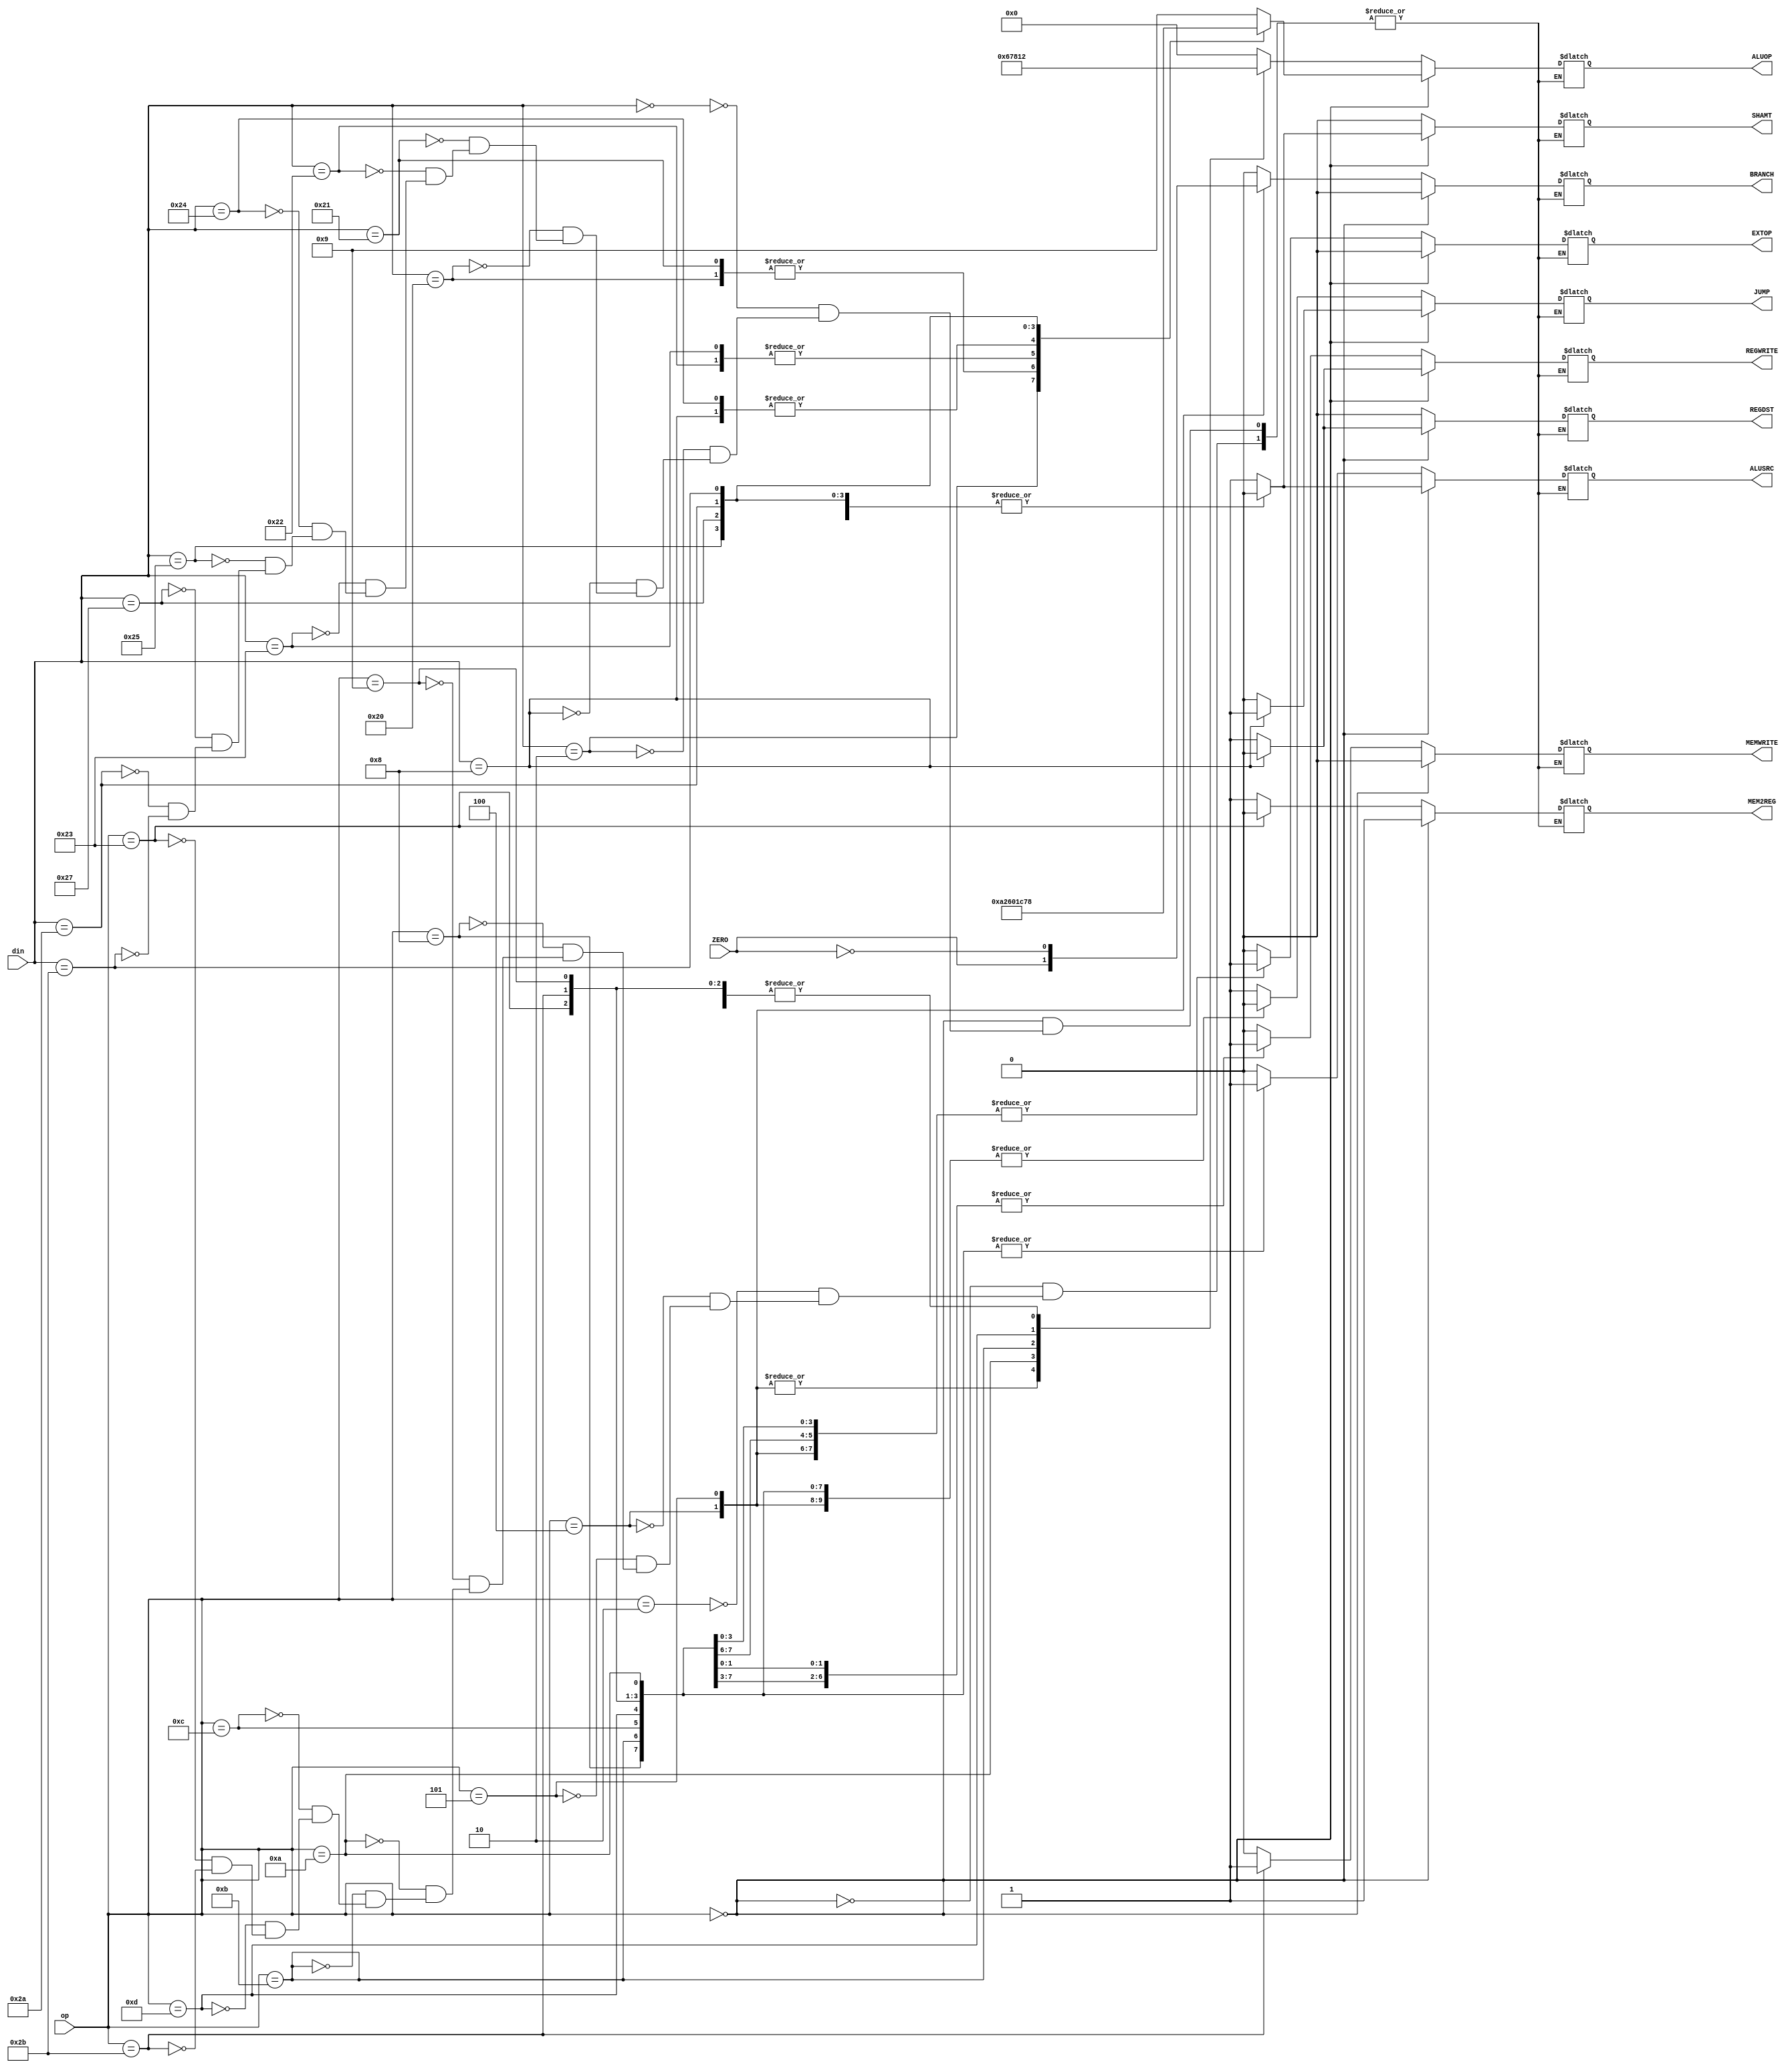
`timescale 1ns / 1ps

module MainControl(op, din, ZERO, REGDST, REGWRITE,
    EXTOP, ALUSRC, ALUOP, MEMWRITE, MEM2REG, SHAMT, JUMP, BRANCH
    );
    input [5:0] op;
    input [5:0] din;
    input ZERO;
    output reg REGDST;
    output reg REGWRITE;
    output reg EXTOP;
    output reg ALUSRC;
    output reg [3:0] ALUOP;
    output reg MEMWRITE;
    output reg MEM2REG;
    output reg SHAMT;
    output reg JUMP;
    output reg BRANCH;
    
    always @(*) begin
        // Rtype
        if (op == 0) begin
            case(din)
                6'h00 : begin // SLL
                    REGWRITE <= 1;
                    MEMWRITE <= 0;
                    MEM2REG <= 1;
                    REGDST <= 1;
                    ALUOP <= 4'b1001;
                    EXTOP <= 0;
                    ALUSRC <= 1;
                    SHAMT <= 1;
                    JUMP <= 0;
                    BRANCH <= 0;
                end
                6'h02 : begin // SRL
                    REGWRITE <= 1;
                    MEMWRITE <= 0;
                    MEM2REG <= 1;
                    REGDST <= 1;
                    ALUOP <= 4'b1010;
                    EXTOP <= 0;
                    ALUSRC <= 1;
                    SHAMT <= 1;
                    JUMP <= 0;
                    BRANCH <= 0;
                end
                6'h08 : begin // JR nu e gata
                    REGWRITE <= 0;
                    MEMWRITE <= 0;
                    MEM2REG <= 1;
                    REGDST <= 0;
                    ALUOP <= 4'b0000;
                    EXTOP <= 0;
                    ALUSRC <= 0;
                    SHAMT <= 0;
                    JUMP <= 1;
                    BRANCH <= 0;
                end
                6'h20 : begin // ADD
                    REGWRITE <= 1;
                    MEMWRITE <= 0;
                    MEM2REG <= 1;
                    REGDST <= 1;
                    ALUOP <= 4'b0010;
                    EXTOP <= 0;
                    ALUSRC <= 0;
                    SHAMT <= 0;
                    JUMP <= 0;
                    BRANCH <= 0;
                end
                6'h21 : begin // ADDU = ADD
                    REGWRITE <= 1;
                    MEMWRITE <= 0;
                    MEM2REG <= 1;
                    REGDST <= 1;
                    ALUOP <= 4'b0010;
                    EXTOP <= 0;
                    ALUSRC <= 0;
                    SHAMT <= 0;
                    JUMP <= 0;
                    BRANCH <= 0;
                end
                6'h22 : begin // SUB
                    REGWRITE <= 1;
                    MEMWRITE <= 0;
                    MEM2REG <= 1;
                    REGDST <= 1;
                    ALUOP <= 4'b0110;
                    EXTOP <= 0;
                    ALUSRC <= 0;
                    SHAMT <= 0;
                    JUMP <= 0;
                    BRANCH <= 0;
                end
                6'h23 : begin // SUBU = SUB
                    REGWRITE <= 1;
                    MEMWRITE <= 0;
                    MEM2REG <= 1;
                    REGDST <= 1;
                    ALUOP <= 4'b0110;
                    EXTOP <= 0;
                    ALUSRC <= 0;
                    SHAMT <= 0;
                    JUMP <= 0;
                    BRANCH <= 0;
                end
                6'h24 : begin // AND
                    REGWRITE <= 1;
                    MEMWRITE <= 0;
                    MEM2REG <= 1;
                    REGDST <= 1;
                    ALUOP <= 4'b0000;
                    EXTOP <= 0;
                    ALUSRC <= 0;
                    SHAMT <= 0;
                    JUMP <= 0;
                    BRANCH <= 0;
                end
                6'h25 : begin // OR
                    REGWRITE <= 1;
                    MEMWRITE <= 0;
                    MEM2REG <= 1;
                    REGDST <= 1;
                    ALUOP <= 4'b0001;
                    EXTOP <= 0;
                    ALUSRC <= 0;
                    SHAMT <= 0;
                    JUMP <= 0;
                    BRANCH <= 0;
                end
                6'h27 : begin // NOR
                    REGWRITE <= 1;
                    MEMWRITE <= 0;
                    MEM2REG <= 1;
                    REGDST <= 1;
                    ALUOP <= 4'b1100;
                    EXTOP <= 0;
                    ALUSRC <= 0;
                    SHAMT <= 0;
                    JUMP <= 0;
                    BRANCH <= 0;
                end
                6'h2a : begin // SLT
                    REGWRITE <= 1;
                    MEMWRITE <= 0;
                    MEM2REG <= 1;
                    REGDST <= 1;
                    ALUOP <= 4'b0111;
                    EXTOP <= 0;
                    ALUSRC <= 0;
                    SHAMT <= 0;
                    JUMP <= 0;
                    BRANCH <= 0;
                end
                6'h2b : begin // SLTU
                    REGWRITE <= 1;
                    MEMWRITE <= 0;
                    MEM2REG <= 1;
                    REGDST <= 1;
                    ALUOP <= 4'b1000;
                    EXTOP <= 0;
                    ALUSRC <= 0;
                    SHAMT <= 0;
                    JUMP <= 0;
                    BRANCH <= 0;
                end
            endcase
        end else begin //Itype
            case(op) // skipped: LBU, LHU, LL, LUI, SB, SC, SH
                6'h02 : begin // J
                    REGDST <= 0;
                    EXTOP <= 0;
                    ALUSRC <= 0;
                    ALUOP <= 4'b0000;
                    REGWRITE <= 0;
                    MEMWRITE <= 0;
                    MEM2REG <= 1;
                    SHAMT <= 0;
                    JUMP <= 1;
                    BRANCH <= 0;
                end
                6'h02 : begin // JAL nu e gata
                    REGDST <= 0;
                    EXTOP <= 0;
                    ALUSRC <= 0;
                    ALUOP <= 4'b0000;
                    REGWRITE <= 0;
                    MEMWRITE <= 0;
                    MEM2REG <= 1;
                    SHAMT <= 0;
                    JUMP <= 1;
                    BRANCH <= 0;
                end
                6'h04 : begin // BEQ
                    REGDST <= 0;
                    EXTOP <= 1;
                    ALUSRC <= 0;
                    ALUOP <= 4'b0110;
                    REGWRITE <= 0;
                    MEMWRITE <= 0;
                    MEM2REG <= 1;
                    SHAMT <= 0;
                    JUMP <= 0;
                    BRANCH <= ZERO;
                end
                6'h05 : begin // BNE
                    REGDST <= 0;
                    EXTOP <= 1;
                    ALUSRC <= 0;
                    ALUOP <= 4'b0110;
                    REGWRITE <= 0;
                    MEMWRITE <= 0;
                    MEM2REG <= 1;
                    SHAMT <= 0;
                    JUMP <= 0;
                    BRANCH <= !ZERO;
                end
                6'h08 : begin // ADDI
                    REGDST <= 0;
                    EXTOP <= 1;
                    ALUSRC <= 1;
                    ALUOP <= 4'b0010;
                    REGWRITE <= 1;
                    MEMWRITE <= 0;
                    MEM2REG <= 1;
                    SHAMT <= 0;
                    JUMP <= 0;
                    BRANCH <= 0;
                end
                6'h09 : begin // ADDIU = ADDI
                    REGDST <= 0;
                    EXTOP <= 1;
                    ALUSRC <= 1;
                    ALUOP <= 4'b0010;
                    REGWRITE <= 1;
                    MEMWRITE <= 0;
                    MEM2REG <= 1;
                    SHAMT <= 0;
                    JUMP <= 0;
                    BRANCH <= 0;
                end
                6'h0a : begin // SLTI
                    REGDST <= 0;
                    EXTOP <= 1;
                    ALUSRC <= 1;
                    ALUOP <= 4'b0111;
                    REGWRITE <= 1;
                    MEMWRITE <= 0;
                    MEM2REG <= 1;
                    SHAMT <= 0;
                    JUMP <= 0;
                    BRANCH <= 0;
                end
                6'h0b : begin // SLTIU
                    REGDST <= 0;
                    EXTOP <= 1;
                    ALUSRC <= 1;
                    ALUOP <= 4'b1000;
                    REGWRITE <= 1;
                    MEMWRITE <= 0;
                    MEM2REG <= 1;
                    SHAMT <= 0;
                    JUMP <= 0;
                    BRANCH <= 0;
                end
                6'h0c : begin // ANDI
                    REGDST <= 0;
                    EXTOP <= 0;
                    ALUSRC <= 1;
                    ALUOP <= 4'b0000;
                    REGWRITE <= 1;
                    MEMWRITE <= 0;
                    MEM2REG <= 1;
                    SHAMT <= 0;
                    JUMP <= 0;
                    BRANCH <= 0;
                end
                6'h0d : begin // ORI
                    REGDST <= 0;
                    EXTOP <= 0;
                    ALUSRC <= 1;
                    ALUOP <= 4'b0001;
                    REGWRITE <= 1;
                    MEMWRITE <= 0;
                    MEM2REG <= 1;
                    SHAMT <= 0;
                    JUMP <= 0;
                    BRANCH <= 0;
                end
                6'h23 : begin // LW
                    REGDST <= 0;
                    EXTOP <= 1;
                    ALUSRC <= 1;
                    ALUOP <= 4'b0010;
                    REGWRITE <= 1;
                    MEMWRITE <= 0;
                    MEM2REG <= 0;
                    SHAMT <= 0;
                    JUMP <= 0;
                    BRANCH <= 0;
                end
                6'h2b : begin // SW
                    REGDST <= 0;
                    EXTOP <= 1;
                    ALUSRC <= 1;
                    ALUOP <= 4'b0010;
                    REGWRITE <= 0;
                    MEMWRITE <= 1;
                    MEM2REG <= 1;
                    SHAMT <= 0;
                    JUMP <= 0;
                    BRANCH <= 0;
                end
            endcase
        end
    end
endmodule